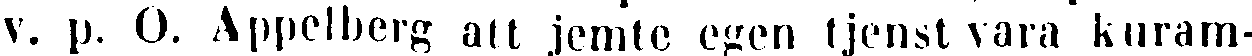
v. p. O. Appelberg att jemte egen tjenst vara kuram-